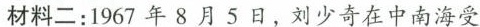
材料二：1967年8月5日，刘少奇在中南海受